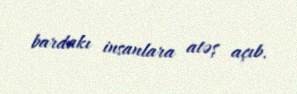
bardakı insanlara atəş açıb.